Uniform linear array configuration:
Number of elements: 16
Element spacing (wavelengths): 0.75
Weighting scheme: kaiser
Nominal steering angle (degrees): -30
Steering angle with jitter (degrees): -31.146
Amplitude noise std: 0.05
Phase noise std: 0.05

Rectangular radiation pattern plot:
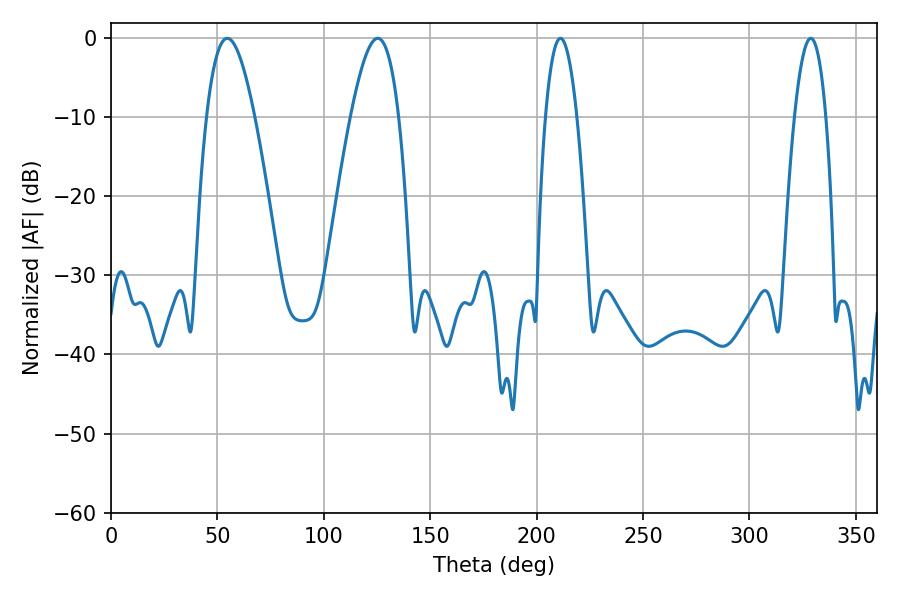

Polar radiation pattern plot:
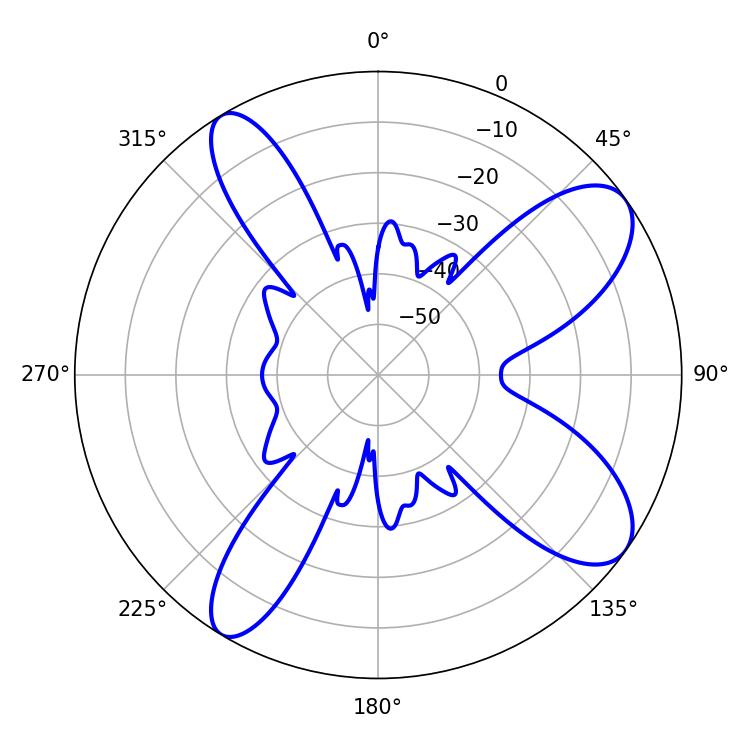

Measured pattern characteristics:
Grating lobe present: TRUE
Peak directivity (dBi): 9.539
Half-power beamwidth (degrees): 8.1
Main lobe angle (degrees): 211.14